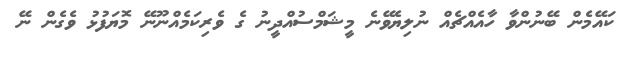
ކައޭމެން ބޭނުންވާ ހާއެއްޗެއް ނުލިޔެވޭނެ މީޝަމްސުއްދީނު ގެ ވެރިކަމެއްނޫނޭ މޮޔަފުޅު ވެގެން ނޭ